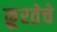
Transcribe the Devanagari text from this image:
क्रूरतेचे